Lunatic asylums United Provinces 1909-1921 - 1909-1921
Year: 1909
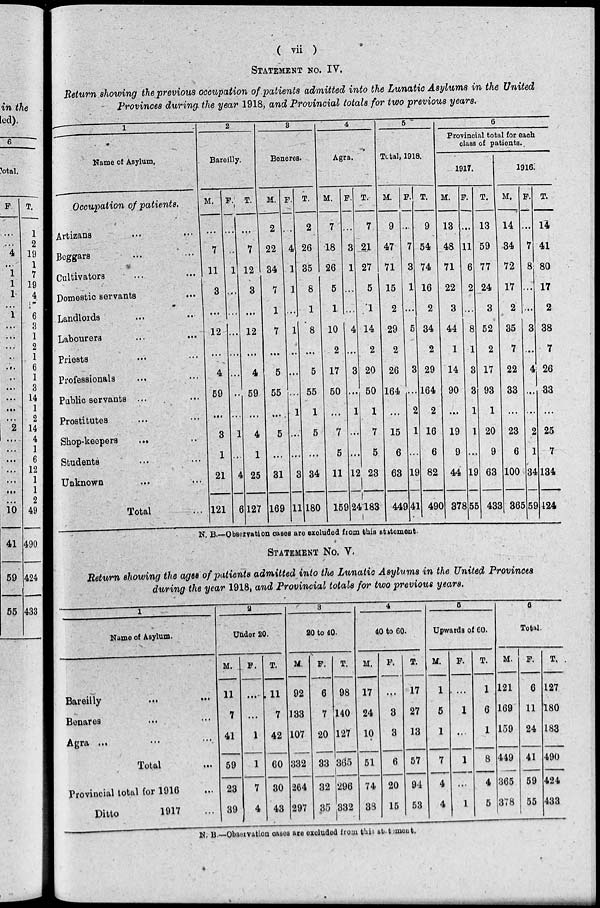
( vii )
STATEMENT NO. IV.
Return showing the previous occupation of patients admitted into the Lunatic Asylums in the United
Provinces during the year 1918, and Provincial totals for two previous years.
1
Name of Asylum.
Occupation of patients.
Artizans
...
...
Beggars ... ...
Cultivators ... ...
Domestic servants ...
Landlords ... ..
Labourers ... ...
Priests ... ...
Professionals ... ...
Public servants ... ...
Prostitutes ... ...
Shop-keepers
... ..
Students ... ...
Unknown ... ...
Total ...
2
Bareilly.
M.
...
7
11
3
...
12
...
4
59
...
3
1
21
121
F.
...
...
1
...
...
...
...
...
..
...
1
...
4
6
T.
...
7
12
3
...
12
...
4
59
...
4
1
25
127
3
Beneres.
M.
2
22
34
7
1
7
...
5
55
...
5
...
31
169
F.
..
4
1
1
...
1
..
...
...
1
...
...
3
11
T.
2
26
35
8
1
8
...
5
55
1
5
...
34
180
4
Agra.
M.
7
18
26
5
1
10
2
17
50
...
7
5
11
159
F.
...
3
1
...
...
4
...
3
...
1
...
...
12
24
T.
7
21
27
5
1
14
2
20
50
1
7
5
23
183
5
Total, 1918.
M.
9
47
71
15
2
29
2
26
164
...
15
6
63
449
F.
...
7
3
1
...
5
3
...
2
1
...
19
41
T.
9
54
74
16
2
34
2
29
164
2
16
6
82
490
6
Provincial total for each
class of patients.
1917.
M.
13
48
71
22
3
44
1
14
90
...
19
9
44
378
F.
...
11
6
2
...
8
1
3
3
1
1
...
19
55
T.
13
59
77
24
3
52
2
17
93
1
20
9
63
433
1916.
M.
14
34
72
17
2
35
7
22
33
...
23
6
100
365
F.
...
7
8
...
...
3
..
4
...
...
2
1
34
59
T.
14
41
80
17
2
38
7
26
33
...
25
7
134
424
N. B—Observation cases are excluded from this statement.
STATEMENT NO. V.
Return showing the ages of patients admitted into the Lunatic Asylums in the United Provinces
during the year 1918, and Provincial totals for two previous years.
1
Name of Asylum.
Bareilly
...
...
Benares ... ...
Agra ... ... ...
Total ...
Provincial total for 1916
Ditto
1917 ...
2
Under 20.
M.
11
7
41
59
23
39
F.
...
...
1
1
7
4
T.
11
7
42
60
30
43
8
20 to 10.
M.
92
133
107
332
264
297
F.
6
7
20
33
32
35
T.
98
140
127
365
296
332
4
40 to 60.
M.
17
24
10
51
74
38
F.
...
3
3
6
20
15
T.
17
27
13
57
94
53
5
Upwards of 60.
M.
1
5
1
7
4
4
F.
...
1
...
1
...
1
T.
1
6
1
8
4
5
6
Total.
M.
121
169
159
449
365
378
F.
6
11
24
41
59
55
T.
127
180
183
490
424
433
N. B.—Observation cases are excluded from this statement.